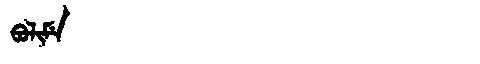
Manchu: ᠪᠣᠯᡳᠮᡝ
Romanization: BOLIME